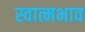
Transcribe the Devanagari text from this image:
स्वात्मभाव